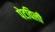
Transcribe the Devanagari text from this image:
पेटविली